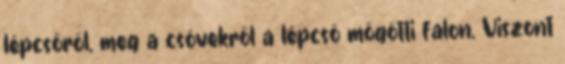
lépcsőről, meg a csövekről a lépcső mögötti falon. Viszont